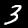
Label: 3